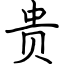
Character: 贵